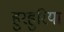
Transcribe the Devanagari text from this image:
हुरहुरिया